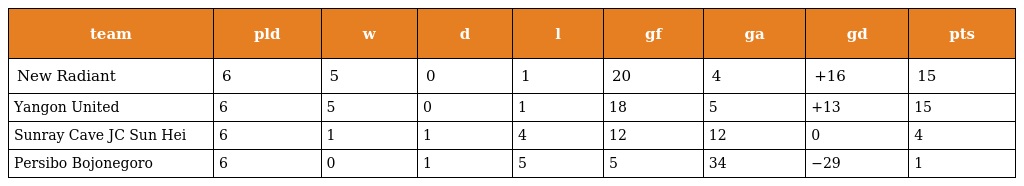
| team | pld | w | d | l | gf | ga | gd | pts |
 | --- | --- | --- | --- | --- | --- | --- | --- | --- |
 | New Radiant | 6 | 5 | 0 | 1 | 20 | 4 | +16 | 15 |
 | Yangon United | 6 | 5 | 0 | 1 | 18 | 5 | +13 | 15 |
 | Sunray Cave JC Sun Hei | 6 | 1 | 1 | 4 | 12 | 12 | 0 | 4 |
 | Persibo Bojonegoro | 6 | 0 | 1 | 5 | 5 | 34 | −29 | 1 |